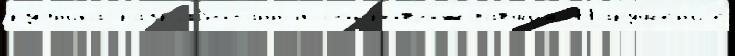
рудн'ика́ разрабо́танных сопровожда́вшим Наруше́н'иjе